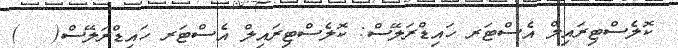
ކޮލެސްޓިރައިލް އެސްޓަރ ހައިޑްރަލޭސް: ކޮލެސްޓިރައިލް އެސްޓަރ ހައިޑްރަލޭސް(   )